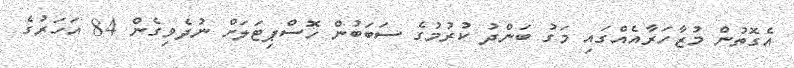
އެގޮތުން މުޒާހަރާއެއްގައި މަގު ބަންދު ކުރުމުގެ ސަބަބުން ހޮސްޕިޓަލަށް ނުދެވިގެން 84 އަހަރުގެ